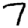
Digit: 7